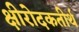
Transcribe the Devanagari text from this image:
क्षीरोदकतीर्थ